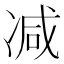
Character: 减